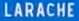
LARACHE